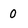
Character: 0